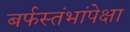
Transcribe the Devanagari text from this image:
बर्फस्तंभांपेक्षा